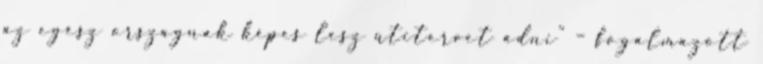
az egész országnak képes lesz útitervet adni” – fogalmazott